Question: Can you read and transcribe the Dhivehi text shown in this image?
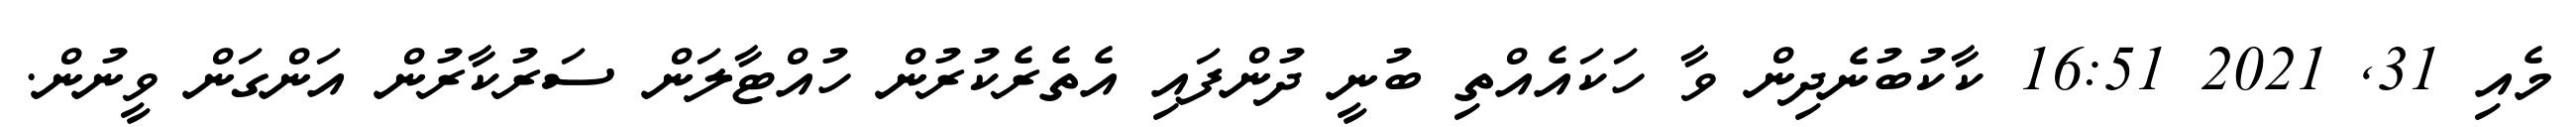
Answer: މެއި 31, 2021 16:51 ކާކުބުނެދިން ވާ ހަކައެއްތި ބުނީ ދުންފައި އެތެރެކުރުން ހުއްޓާލަން ސަރުކާރުން އަންގަން ވީނުން.